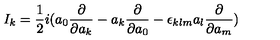
I _ { k } = \frac { 1 } { 2 } i ( a _ { 0 } \frac { \partial } { \partial a _ { k } } - a _ { k } \frac { \partial } { \partial a _ { 0 } } - \epsilon _ { k l m } a _ { l } \frac { \partial } { \partial a _ { m } } )